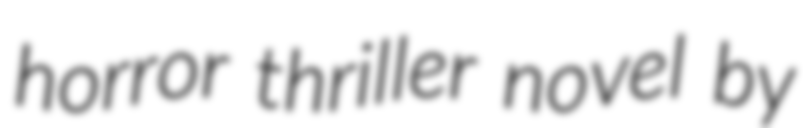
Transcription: horror thriller novel by